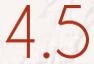
4.5